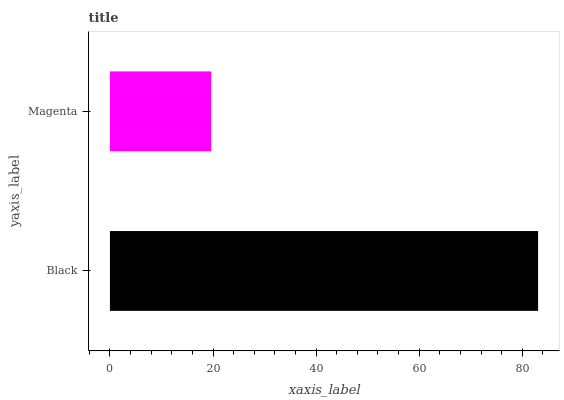
| yaxis_label | bars |
 | --- | --- |
 | Black | 83.1 |
 | Magenta | 19.6 |